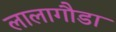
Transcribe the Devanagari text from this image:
लालागौडा